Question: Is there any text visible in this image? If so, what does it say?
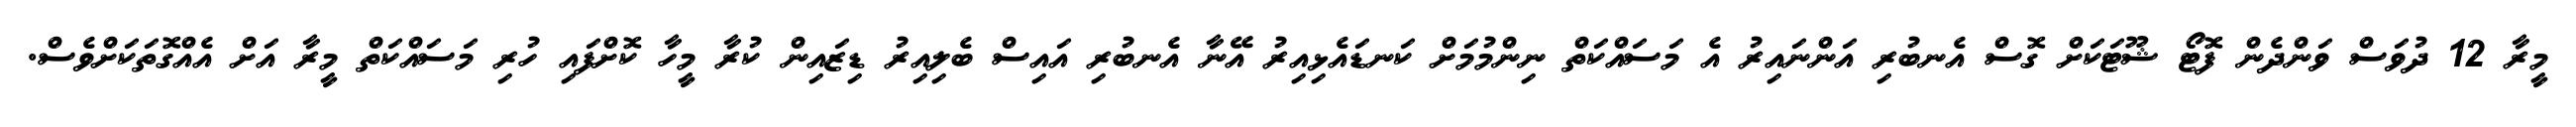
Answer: މީރާ 12 ދުވަސް ވަންދެން ފޮޓޯ ޝޫޓަކަށް ގޮސް އެނބުރި އަންނައިރު އެ މަސައްކަތް ނިންމުމަށް ކަނޑައެޅިއިރު އޭނާ އެނބުރި އައިސް ބެލިއިރު ޑިޒައިން ކުރާ މީހާ ކޮށްފައި ހުރި މަސައްކަތް މީރާ އަށް އެއްގޮތަކަށްވެސް.